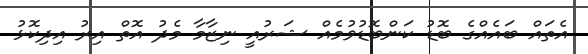
އެތައް ބައެއްގެ ބޮޑު ކަންބޮޑުވުމެއް ޝަރުއީ ނިޒާމާ މެދު އޮތް އިރު އިިދިކޮޅު